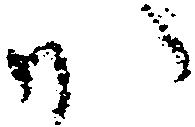
か